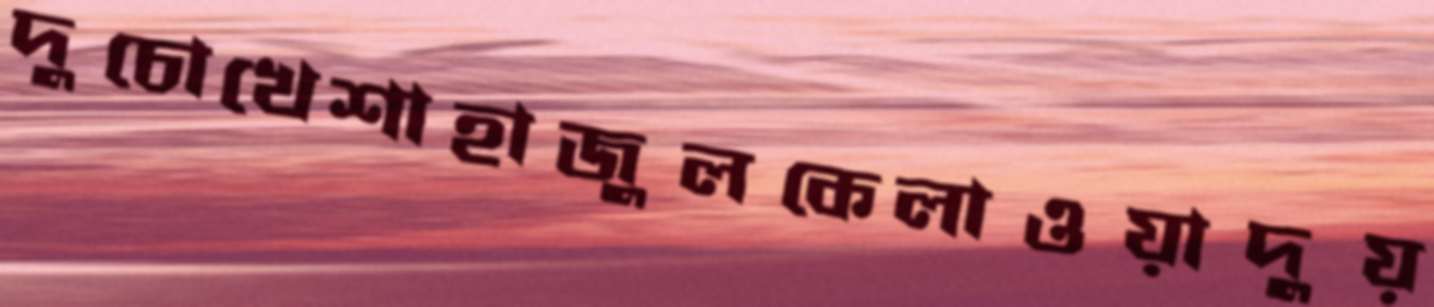
দুচোখেশাহাজুলকেলাওয়াদুয়